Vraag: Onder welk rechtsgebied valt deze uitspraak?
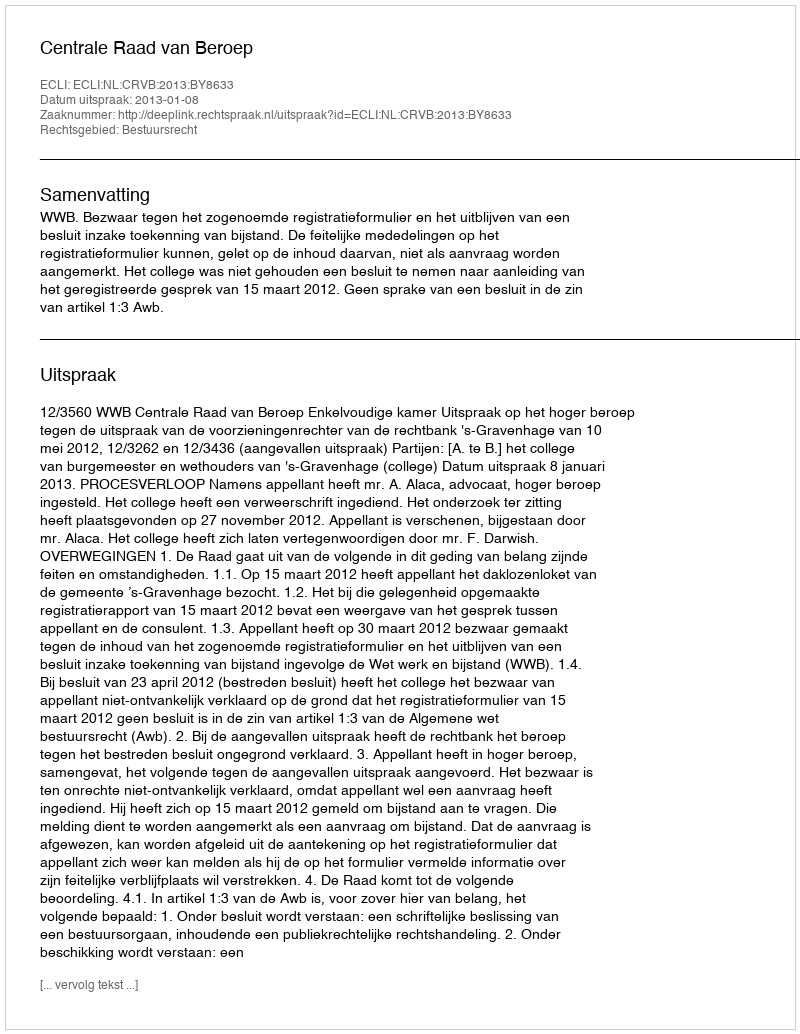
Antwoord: Bestuursrecht